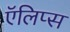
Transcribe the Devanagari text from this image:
ऍलिप्स